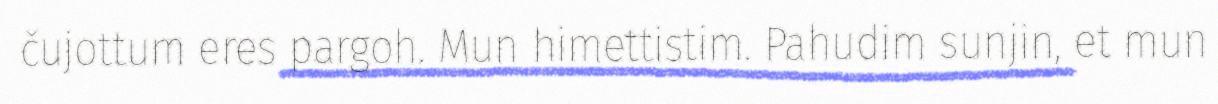
čujottum eres pargoh. Mun himettistim. Pahudim sunjin, et mun